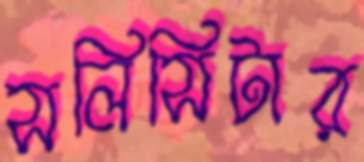
সলিসিটার